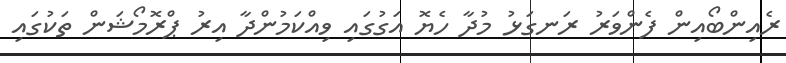
ރެއިންބޯއިން ފެންވަރު ރަނގަޅު މުދާ ހެޔޮ އަގުގައި ވިއްކަމުންދާ އިރު ޕްރޮމޯޝަން ތަކުގައި